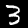
Label: 3